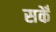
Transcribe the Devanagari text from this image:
सकेँ